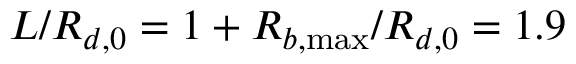
L / R _ { d , 0 } = 1 + R _ { b , \operatorname* { m a x } } / R _ { d , 0 } = 1 . 9